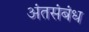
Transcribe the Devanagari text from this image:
अंतसंबंध